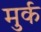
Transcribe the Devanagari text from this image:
मुर्क